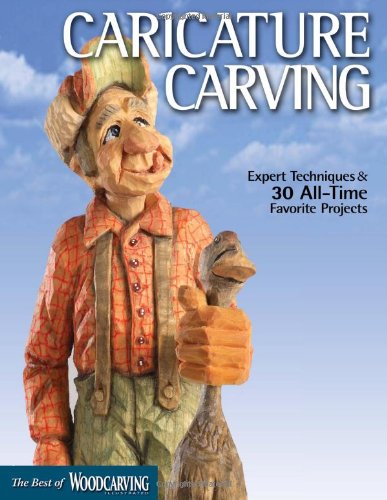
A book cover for Caricature Carving (Best of WCI): Expert Techniques and 30 All-Time Favorite Projects (Best of Woodcarving Illustrated); Editors of Woodcarving Illustrated; Crafts, Hobbies & Home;